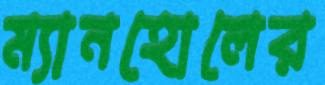
ম্যানহোলের